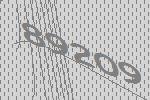
89209